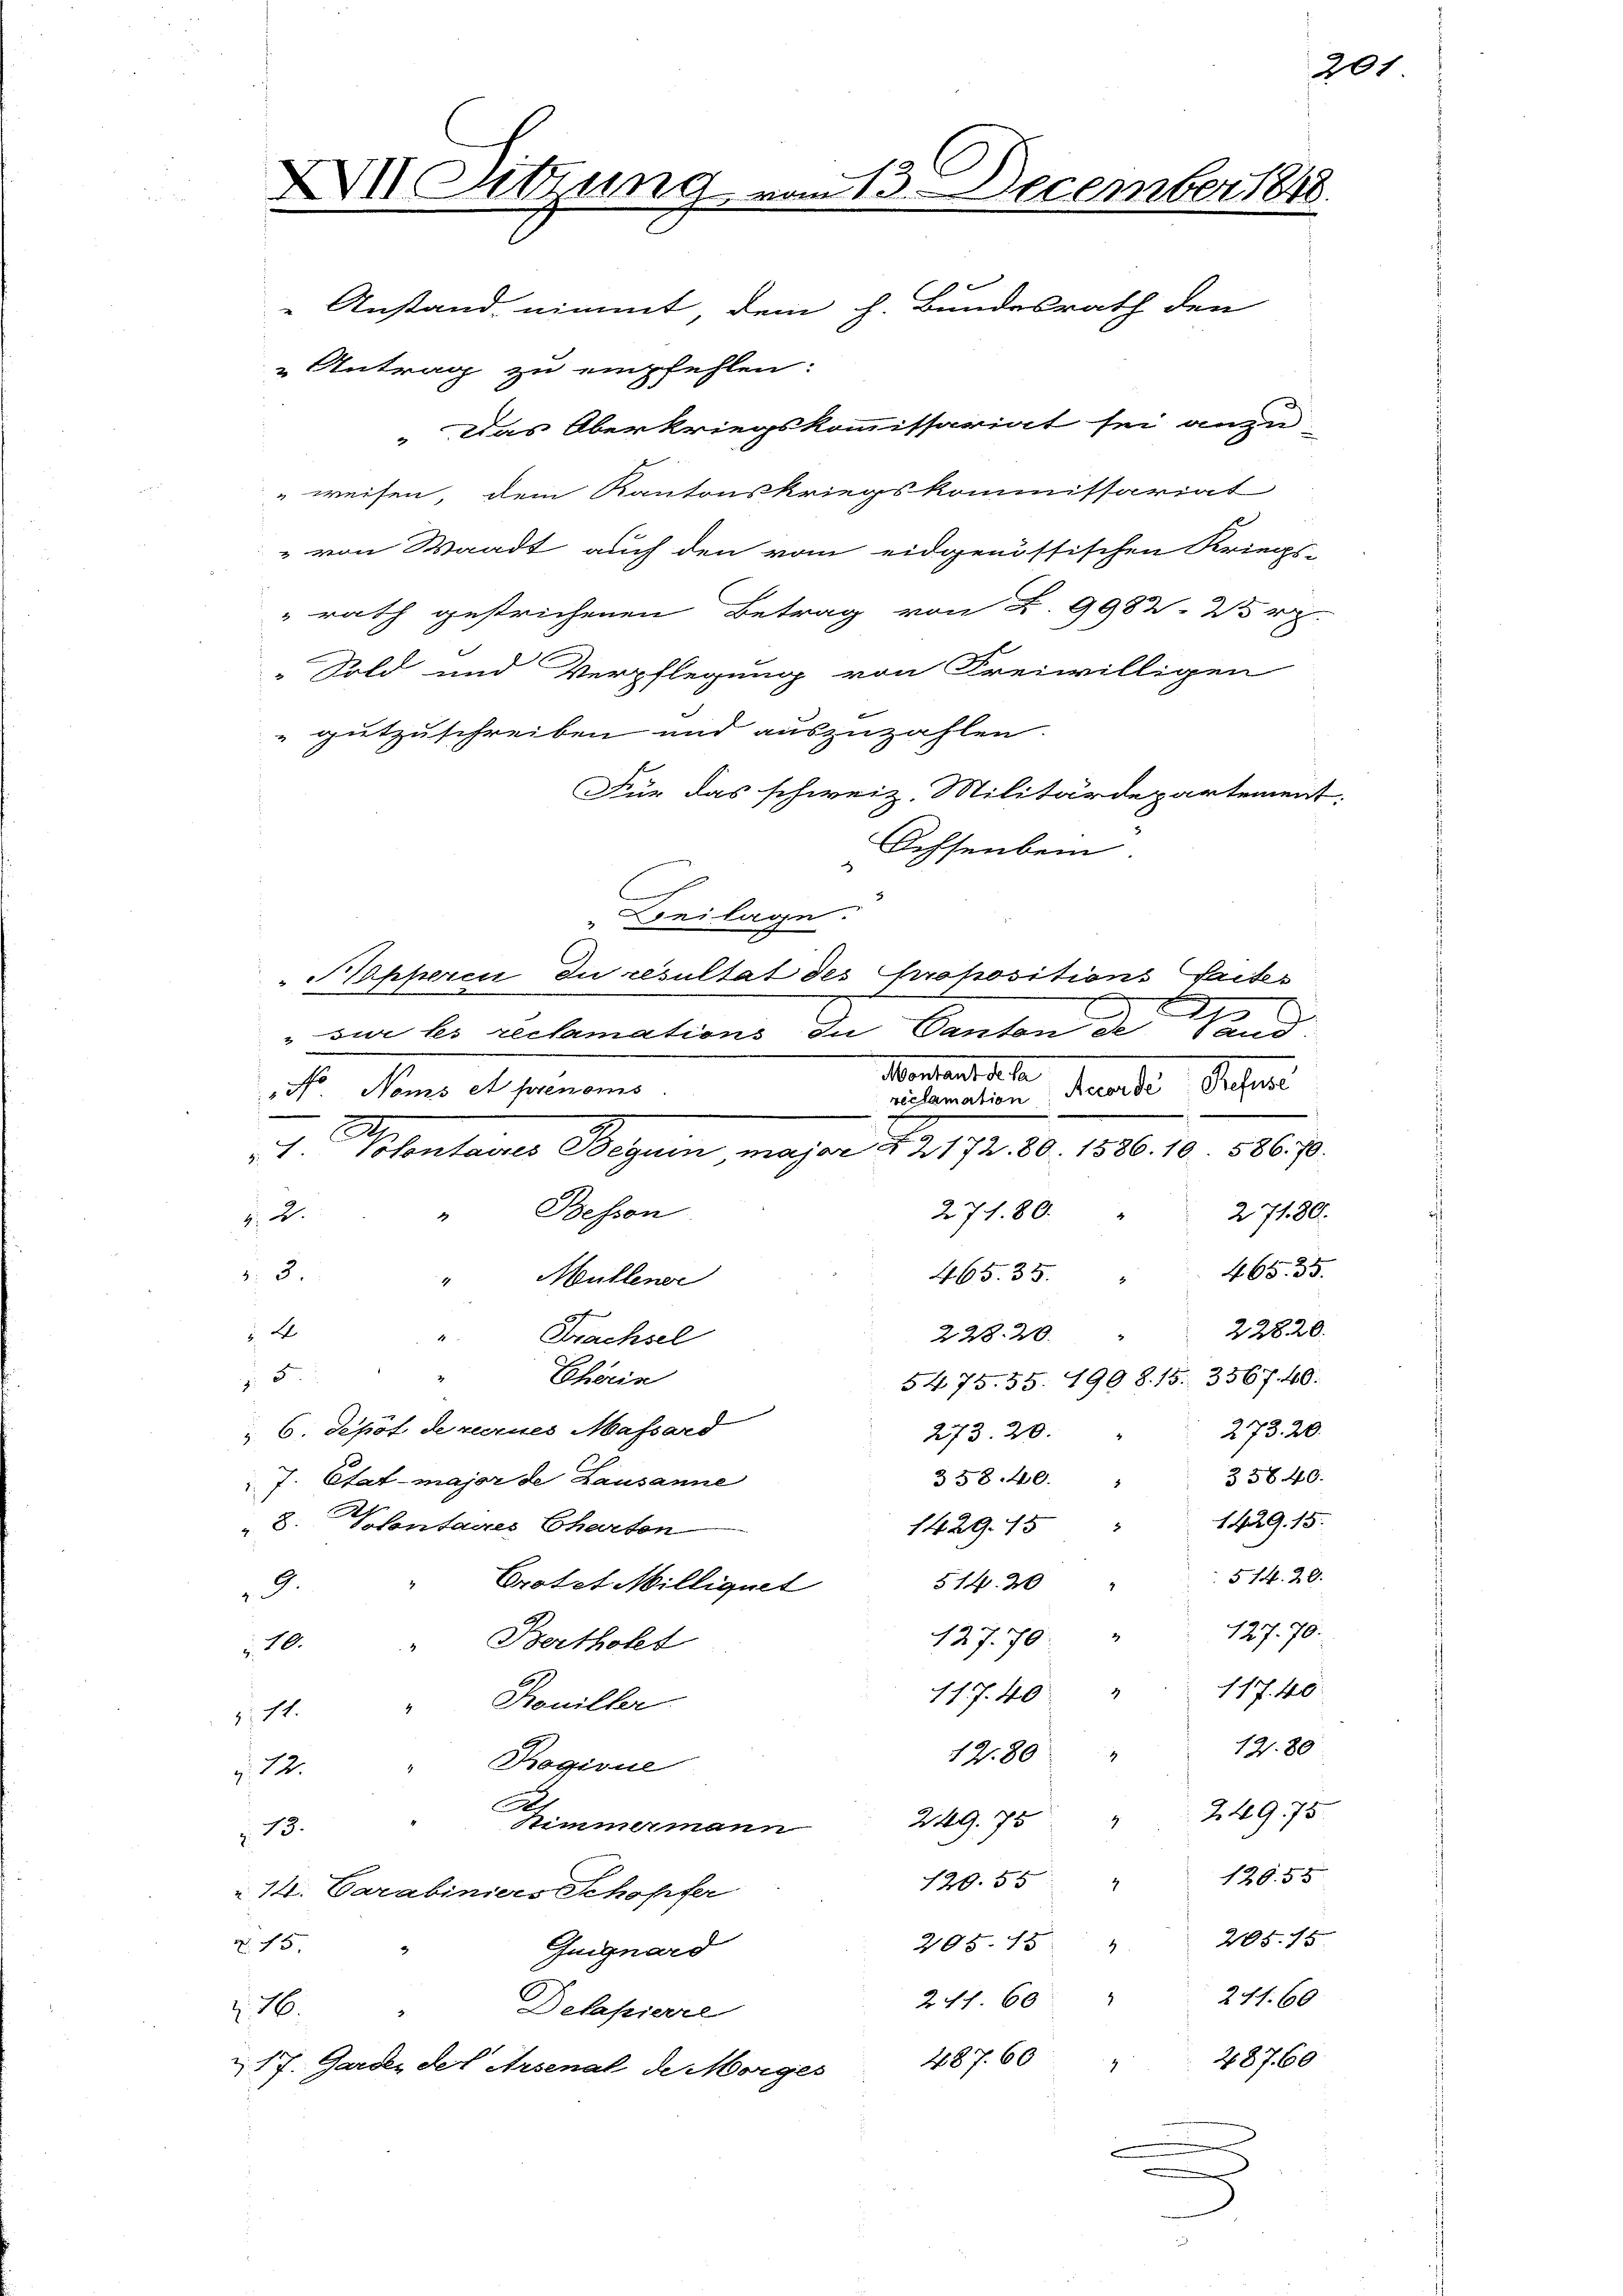
Das Oberkriegskommissariat sei anzu-
weisen, dem Kantonskriegskommissariat
" von Waadt auch den vom eidgenössischen Kriegs-
rath gestrichenen Betrag von L. 9982 25 r
Sold und Verpflegung von Freiwilligen
gutzuschreiben und auszuzahlen.
Für das schweiz. Militärdepartement.
Ochsenbein
Beilage.
Spperci, du resultat des Propositions Saites
2
Sand:
 sur les reclamations In Canton de
Montant de la
dacti diesen
N Noms et prenoms
reclamation
+

g
a
e
"1. Volontaires Beguin major § 2172. 80. 1586. 10. 586. 70.
Bessen
271. 80.
27180.
 2.
4
465. 35.
v. 3.
465. 35.
Müllener
4
8
22820.

223. 20.
Trachsel
1
Chören
 5.
5475. 55. 1908. 15. 3567. 40.
6. Depot de vernes Massard
273. 20.
273. 20.
358. 40.
35840.
J. Etat major de Lausanne
1429. 15.
Pontaires Charten
 8.
1429. 15
514. 20.
Cratet Milliquet 514. 20
2.
127. 70 " 127. 70.
Bertholet
10.

117. 40.
117. 40
§ 11. " Ronilkr
1280
12. 80
 12. " Rogivue
A
24975.
249. 75
4
Stimmermann
 13.
129. 55
120. 55
14. Carabiniers Schopfer
295. 15 " 205. 15.
. 15.
Guignard
241. 60
247. 60.
z. 16.
Defapierel
487. 60
28760
17. Garden der Arsenal de Morges

XI Lutzung vom 13. December 1848.
Anstand nimmt, dem h. Bundesrath den

 Antrag zu empfehlen.

i

201